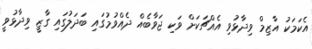
އެކަމަކު އާޒިމް ވިދާޅުވި އެއްޗަކަށް ވަކި ޖަވާބެއް ދެއްވުމުގައި ބަދަލުގައި ގާޒީ ވިދާޅުވީ